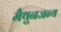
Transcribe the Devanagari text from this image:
मैथुनजन्य